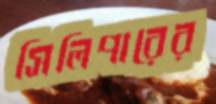
সিলিপারের